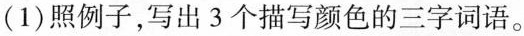
(1)照例子，写出3个描写颜色的三字词语。